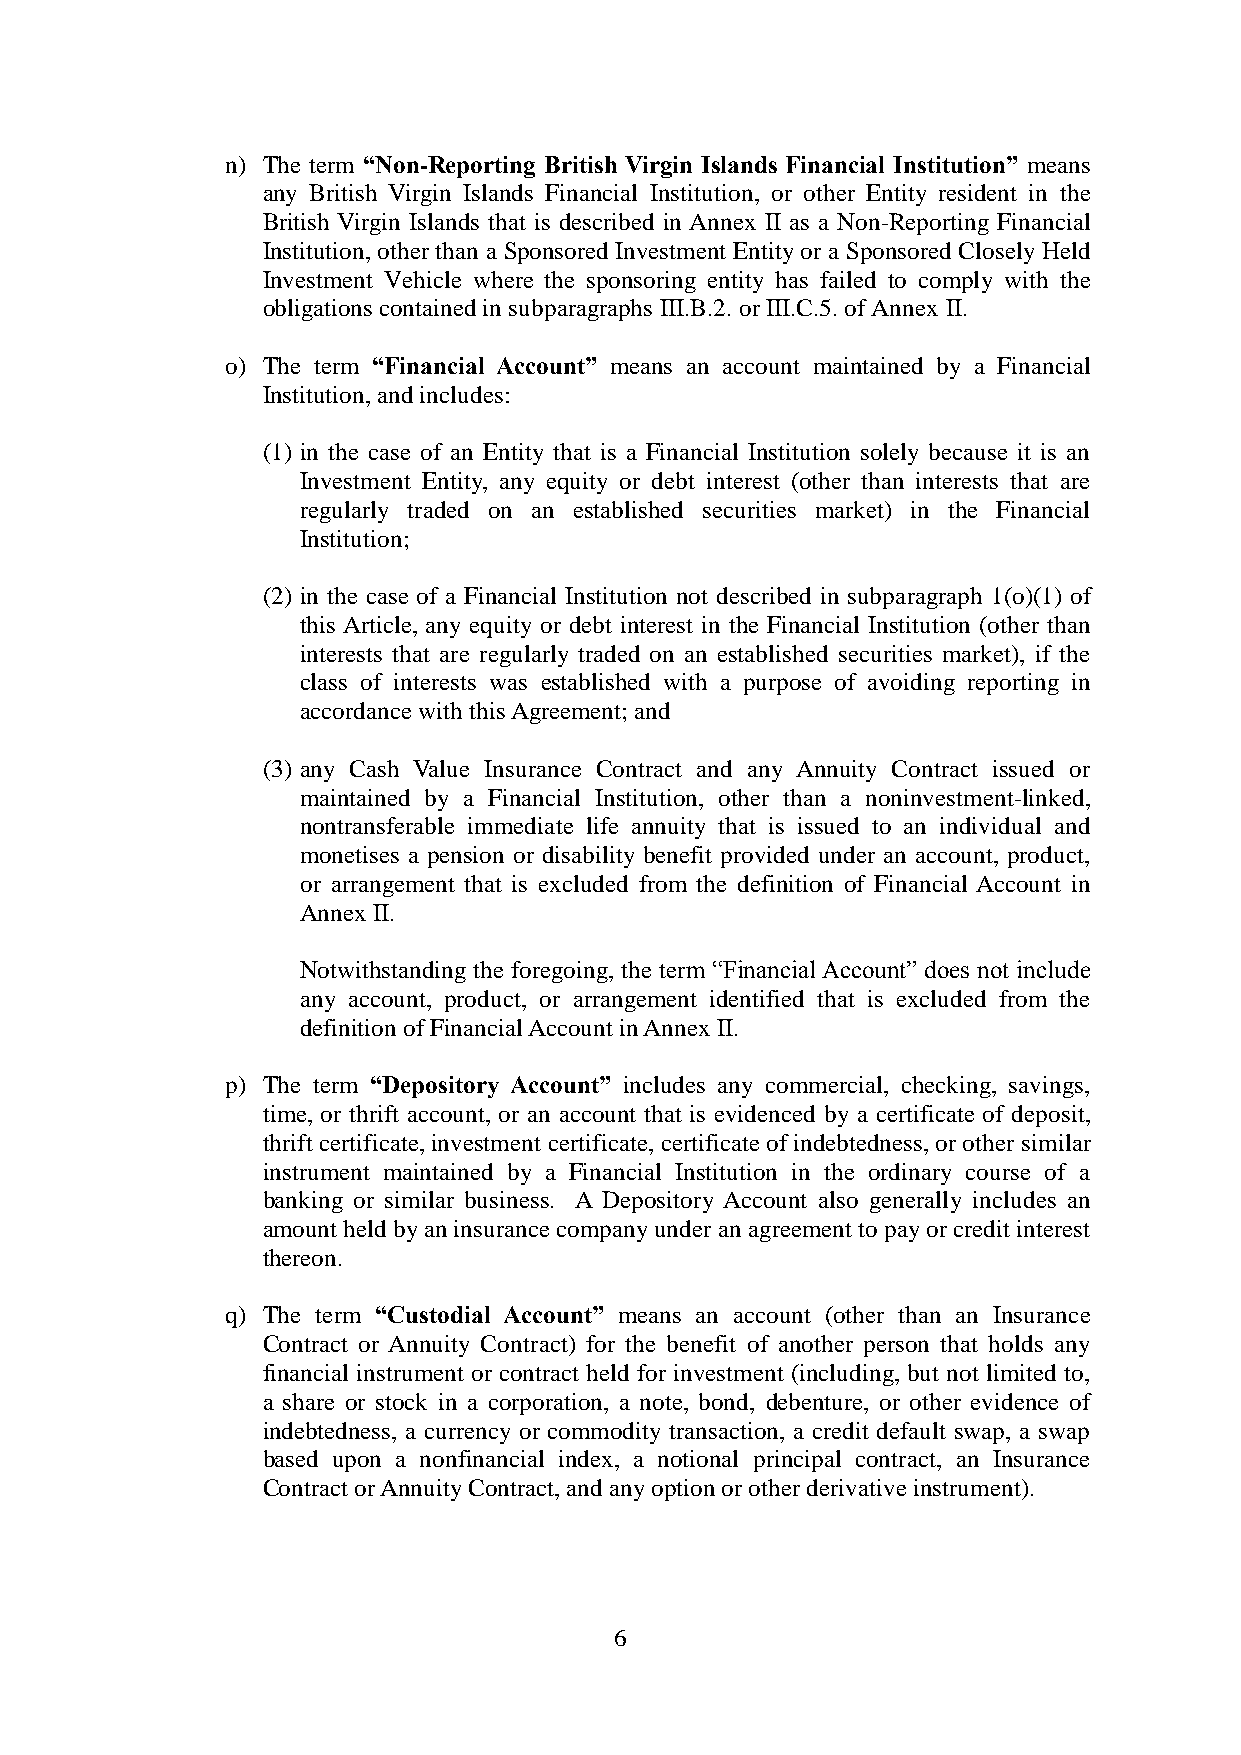
n) The term “Non-Reporting British Virgin Islands Financial Institution” means
 any British Virgin Islands Financial Institution, or other Entity resident in the
 British Virgin Islands that is described in Annex II as a Non-Reporting Financial
 Institution, other than a Sponsored Investment Entity or a Sponsored Closely Held
 Investment Vehicle where the sponsoring entity has failed to comply with the
 obligations contained in subparagraphs III.B.2. or III.C.5. of Annex II.
 o) The term “Financial Account” means an account maintained by a Financial
 Institution, and includes:
 (1) in the case of an Entity that is a Financial Institution solely because it is an
 Investment Entity, any equity or debt interest (other than interests that are
 regularly traded on an established securities market) in the Financial
 Institution;
 (2) in the case of a Financial Institution not described in subparagraph 1(o)(1) of
 this Article, any equity or debt interest in the Financial Institution (other than
 interests that are regularly traded on an established securities market), if the
 class of interests was established with a purpose of avoiding reporting in
 accordance with this Agreement; and
 (3) any Cash Value Insurance Contract and any Annuity Contract issued or
 maintained by a Financial Institution, other than a noninvestment-linked,
 nontransferable immediate life annuity that is issued to an individual and
 monetises a pension or disability benefit provided under an account, product,
 or arrangement that is excluded from the definition of Financial Account in
 Annex II.
 Notwithstanding the foregoing, the term “Financial Account” does not include
 any account, product, or arrangement identified that is excluded from the
 definition of Financial Account in Annex II.
 p) The term “Depository Account” includes any commercial, checking, savings,
 time, or thrift account, or an account that is evidenced by a certificate of deposit,
 thrift certificate, investment certificate, certificate of indebtedness, or other similar
 instrument maintained by a Financial Institution in the ordinary course of a
 banking or similar business. A Depository Account also generally includes an
 amount held by an insurance company under an agreement to pay or credit interest
 thereon.
 q) The term “Custodial Account” means an account (other than an Insurance
 Contract or Annuity Contract) for the benefit of another person that holds any
 financial instrument or contract held for investment (including, but not limited to,
 a share or stock in a corporation, a note, bond, debenture, or other evidence of
 indebtedness, a currency or commodity transaction, a credit default swap, a swap
 based upon a nonfinancial index, a notional principal contract, an Insurance
 Contract or Annuity Contract, and any option or other derivative instrument).
 6